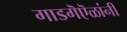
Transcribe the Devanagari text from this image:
गाडगॆऎळांनी